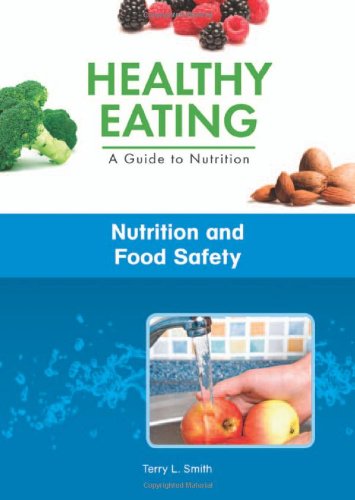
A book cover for Nutrition and Food Safety (Healthy Eating, a Guide to Nutrition); Terry L. Smith; Teen & Young Adult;